Leningradi_Edasi_toimetus, lk 144
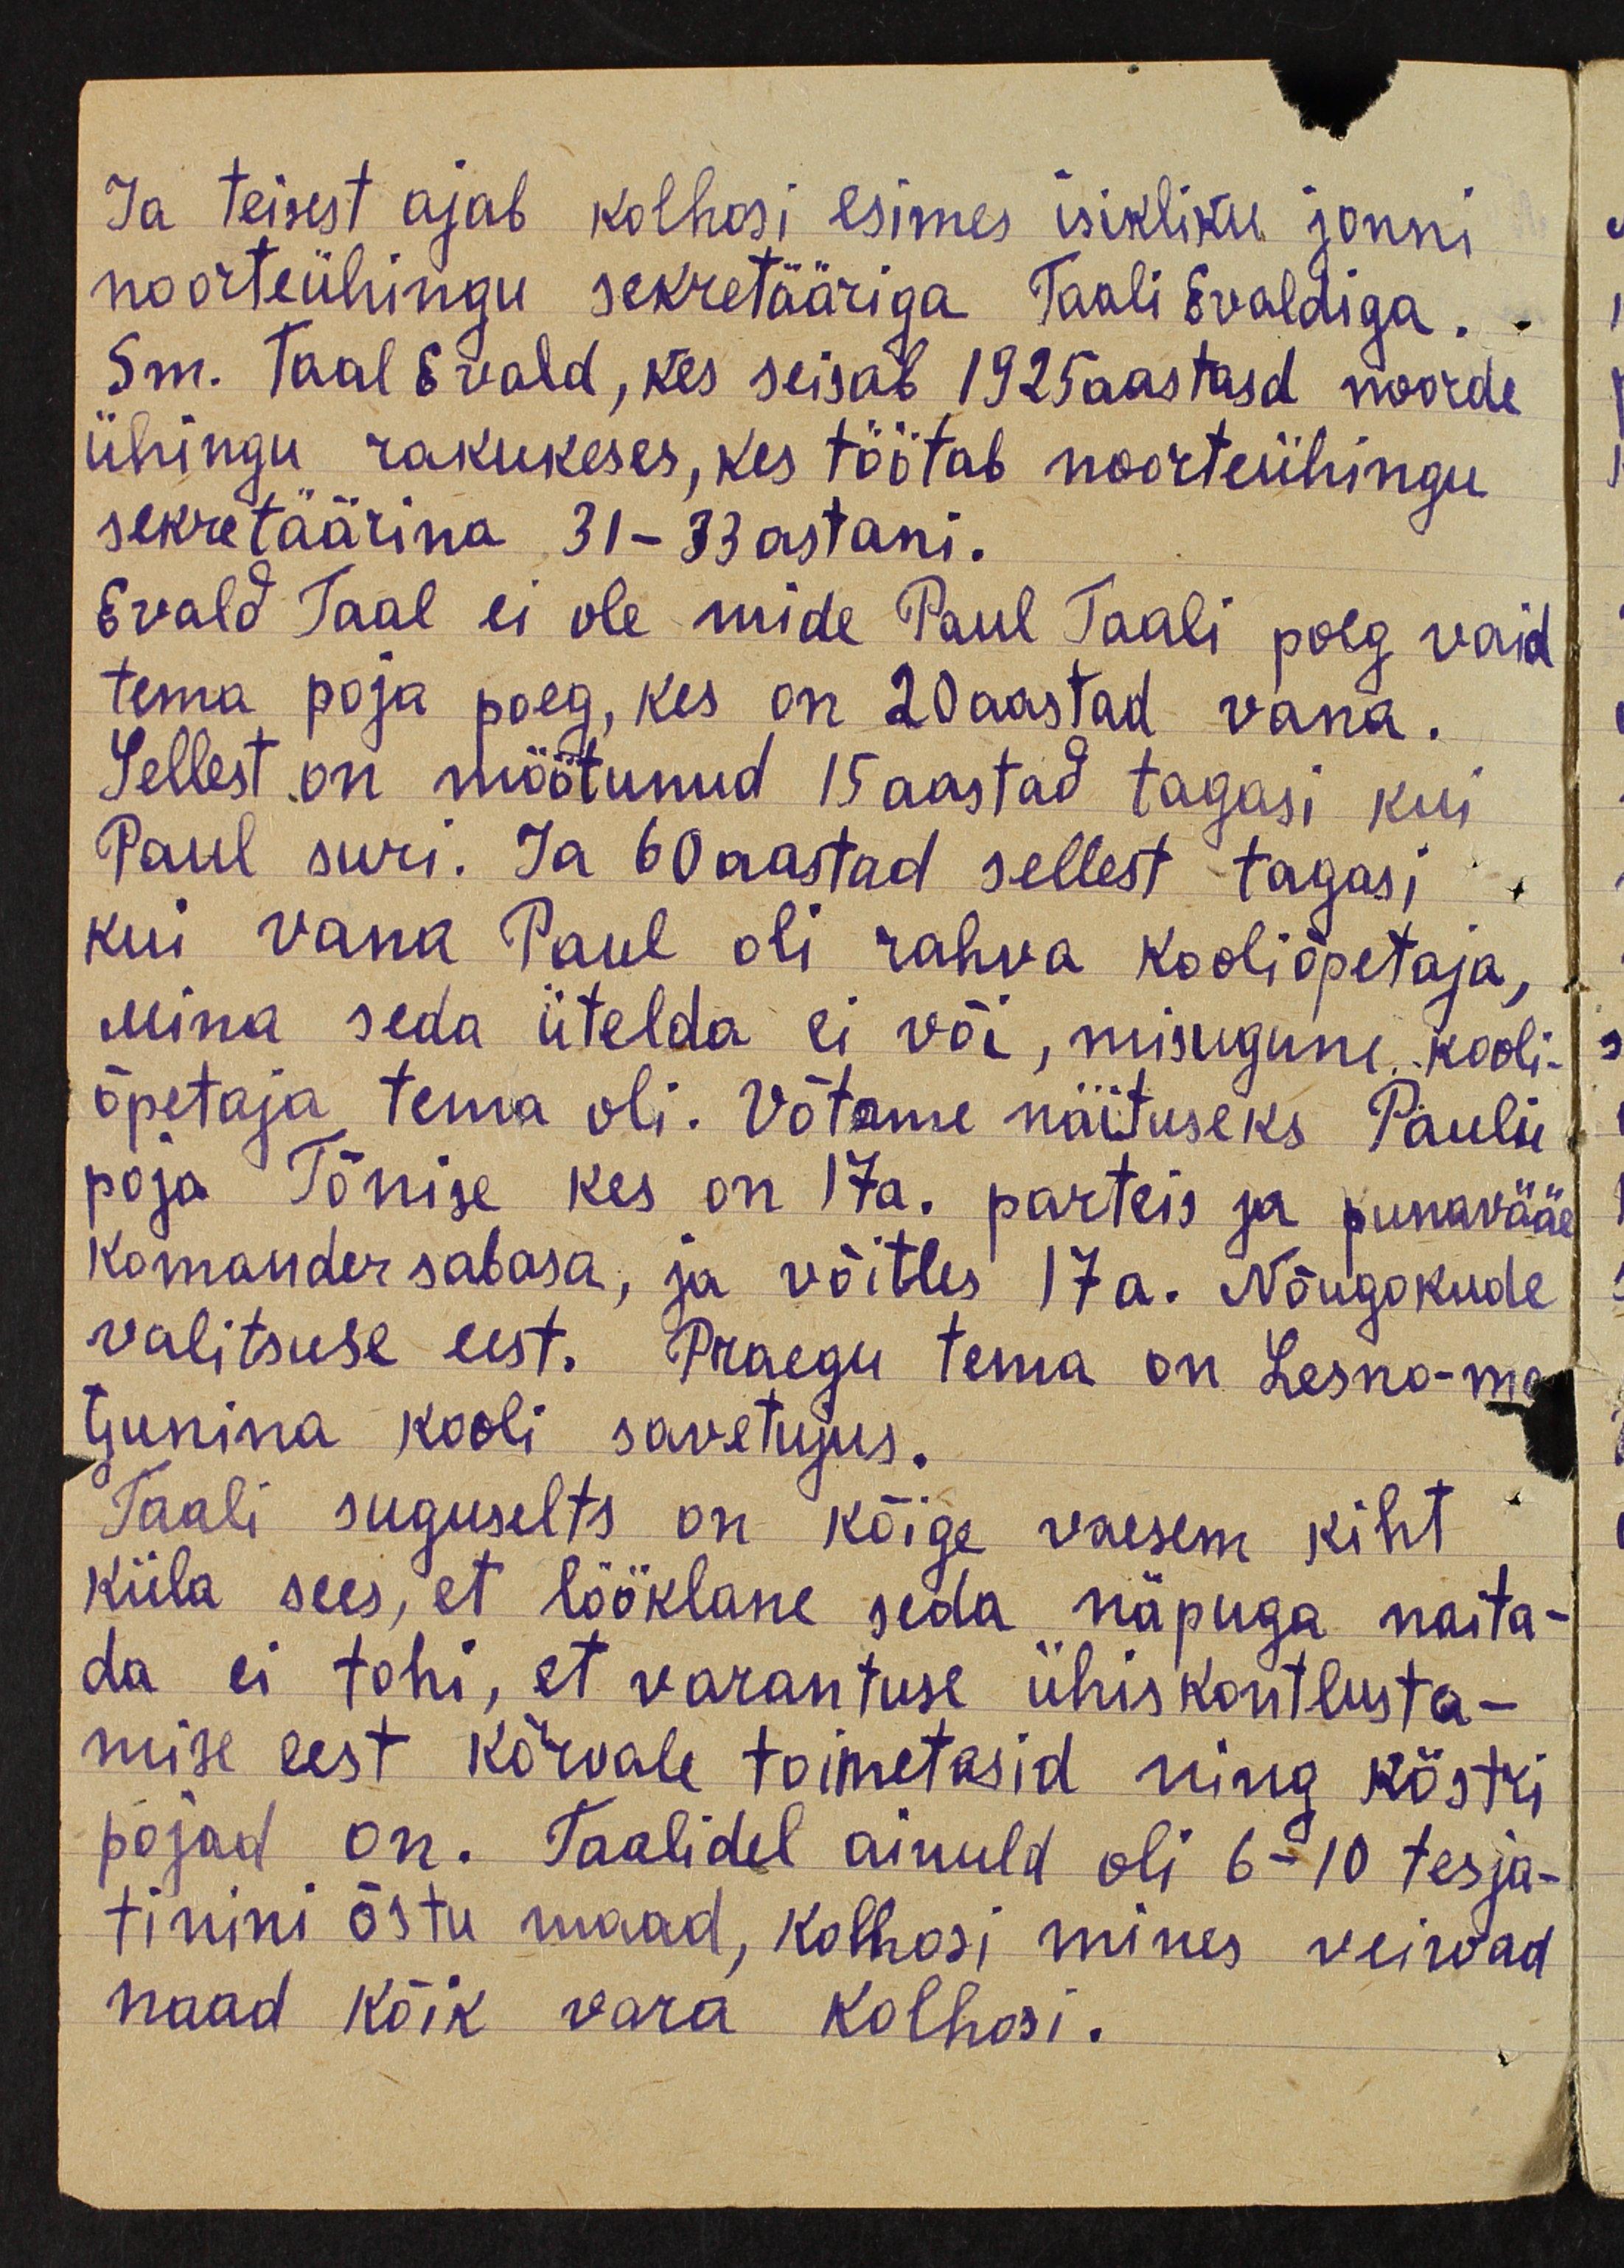
Ja teisest ajab kolhosi esimes isikliku jonni
noorteühingu sekretääriga Taali Evaldiga.
Sm. Taal Evald, kes seisab 1925 aastasd noorde
ühingu rakukeses, kes töötab noorteühingu
sekretäärina 31-33 astani.
Evald Taal ei ole mide Paul Taali poeg vaid
tema poja poeg, kes on 20 aastad vana.
Sellest on möötunud 15 aastad tagasi kui
Paul suri. Ja 60 aastad sellest tagasi
kui vana Paul oli rahva kooliõpetaja,
Mina seda ütelda ei või, misugune kooli-
õpetaja tema oli. Võtame näituseks Pauli
poja Tõnise kes on 17a. parteis ja punavääe
komander sabasa, ja võitles 17a. Nõugokude
valitsuse eest. Praegu tema on Lesno-ma
Gunina kooli savetujus.
Taali suguselts on kõige vaesem kiht
küla sees, et lööklane seda näpuga naita-
da ei tohi, et varantuse ühiskontlusta-
mise eest kõrvale toimetasid ning köstri
pojad on. Taalidel ainuld oli 6-10 tesja-
tinini õstu maad, kolhoosi mines veiroad
naad kõik vara kolhosi.